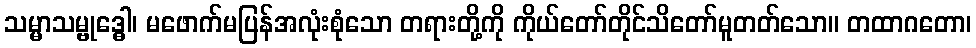
သမ္မာသမ္ဗုဒ္ဓေါ၊ မဖောက်မပြန်အလုံးစုံသော တရားတို့ကို ကိုယ်တော်တိုင်သိတော်မူတတ်သော။ တထာဂတော၊